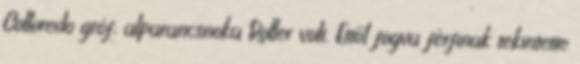
Colloredo gróf, alparancsnoka Roller volt. Ettől fogva férfinak tekintette